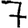
Digit: 7